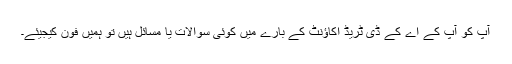
آپ کو آپ کے اے کے ڈی ٹریڈ اکاؤنٹ کے بارے میں کوئی سوالات یا مسائل ہیں تو ہمیں فون کیجیئے۔